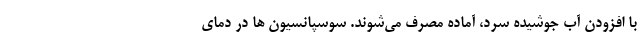
با افزودن آب جوشیده سرد، آماده مصرف می‌شوند. سوسپانسیون ها در دمای